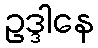
ဥဒ္ဒါနေ